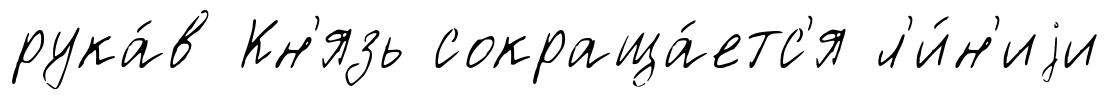
рука́в Кн'язь сокраща́етс'я л'и́н'иjи